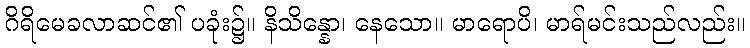
ဂိရိမေခလာဆင်၏ ပခုံး၌။ နိသိန္နော၊ နေသော။ မာရောပိ၊ မာရ်မင်းသည်လည်း။